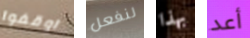
اوقفوا لنفعل بهذا أعد